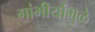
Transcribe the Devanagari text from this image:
गांभीर्यामुळे